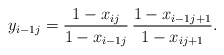
\begin{align*}y_{i-1j}= \frac{1-x_{ij}}{1-x_{i-1j}}\,\frac{1-x_{i-1j+1}}{1-x_{ij+1}}.\end{align*}